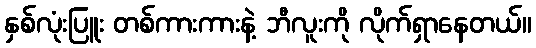
နှစ်လုံးပြူး တစ်ကားကားနဲ့ ဘီလူးကို လိုက်ရှာနေတယ်။